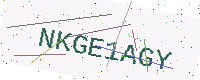
Text: NKGE1AGY